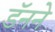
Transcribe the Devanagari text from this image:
डॅनने